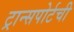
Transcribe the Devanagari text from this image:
ट्रान्सपोर्टची